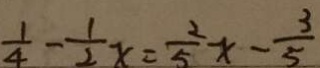
\frac { 1 } { 4 } - \frac { 1 } { 2 } x = \frac { 2 } { 5 } x - \frac { 3 } { 5 }